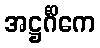
အဋ္ဌင်္ဂိကေ